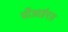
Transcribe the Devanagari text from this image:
पीआईएस